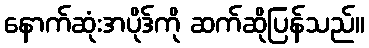
နောက်ဆုံးအပိုဒ်ကို ဆက်ဆိုပြန်သည်။